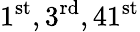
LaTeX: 1^{\mathrm{st}},3^{\mathrm{rd}},41^{\mathrm{st}}